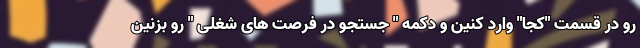
رو در قسمت "کجا" وارد کنین و دکمه " جستجو در فرصت های شغلی " رو بزنین